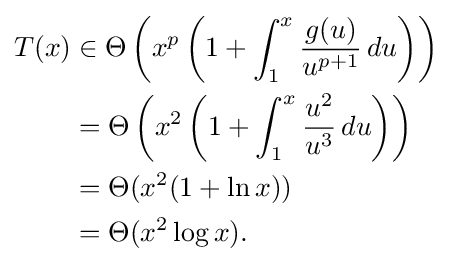
{\begin{aligned}T(x)&\in \Theta \left(x^{p}\left(1+\int _{1}^{x}{\frac {g(u)}{u^{p+1}}}\,du\right)\right)\\&=\Theta \left(x^{2}\left(1+\int _{1}^{x}{\frac {u^{2}}{u^{3}}}\,du\right)\right)\\&=\Theta (x^{2}(1+\ln x))\\&=\Theta (x^{2}\log x).\end{aligned}}